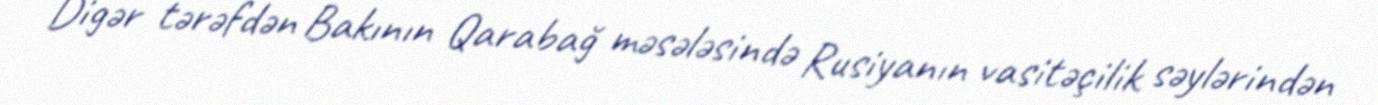
Digər tərəfdən Bakının Qarabağ məsələsində Rusiyanın vasitəçilik səylərindən